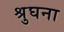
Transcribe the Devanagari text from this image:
श्रुघना